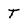
Character: T